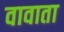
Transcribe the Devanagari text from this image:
वावाता